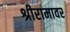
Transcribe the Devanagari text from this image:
श्रीरामावर